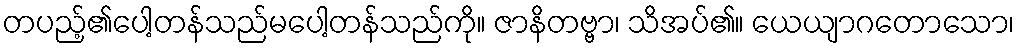
တပည့်၏ပေါ့တန်သည်မပေါ့တန်သည်ကို။ ဇာနိတဗ္ဗာ၊ သိအပ်၏။ ယေယျာဂတောသော၊